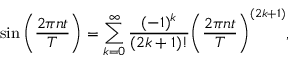
\sin { \bigg ( \frac { 2 \pi n t } { T } } \bigg ) = \sum _ { k = 0 } ^ { \infty } \frac { ( - 1 ) ^ { k } } { ( 2 k + 1 ) ! } \bigg ( \frac { 2 \pi n t } { T } \bigg ) ^ { ( 2 k + 1 ) } ,